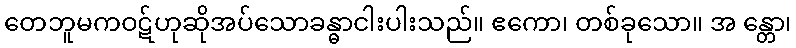
တေဘူမကဝဋ်ဟုဆိုအပ်သောခန္ဓာငါးပါးသည်။ ဧကော၊ တစ်ခုသော။ အ န္တော၊